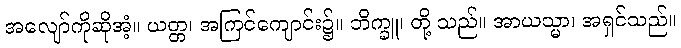
အလျော်ကိုဆိုအံ့။ ယတ္တ၊ အကြင်ကျောင်း၌။ ဘိက္ခူ၊ တို့ သည်။ အာယသ္မာ၊ အရှင်သည်။